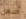
أسهل